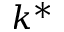
k ^ { * }